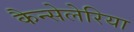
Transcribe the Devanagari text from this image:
कैन्सेलेरिया